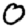
Digit: 0